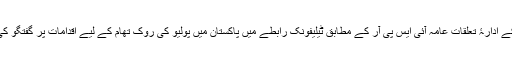
فوج کے ادارۂ تعلقات عامہ آئی ایس پی آر کے مطابق ٹیلیفونک رابطے میں پاکستان میں پولیو کی روک تھام کے لیے اقدامات پر گفتگو کی گئی۔